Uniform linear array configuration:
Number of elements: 64
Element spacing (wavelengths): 0.75
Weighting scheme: blackman
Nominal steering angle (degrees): -60
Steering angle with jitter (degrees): -59.025
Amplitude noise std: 0.05
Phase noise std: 0.05

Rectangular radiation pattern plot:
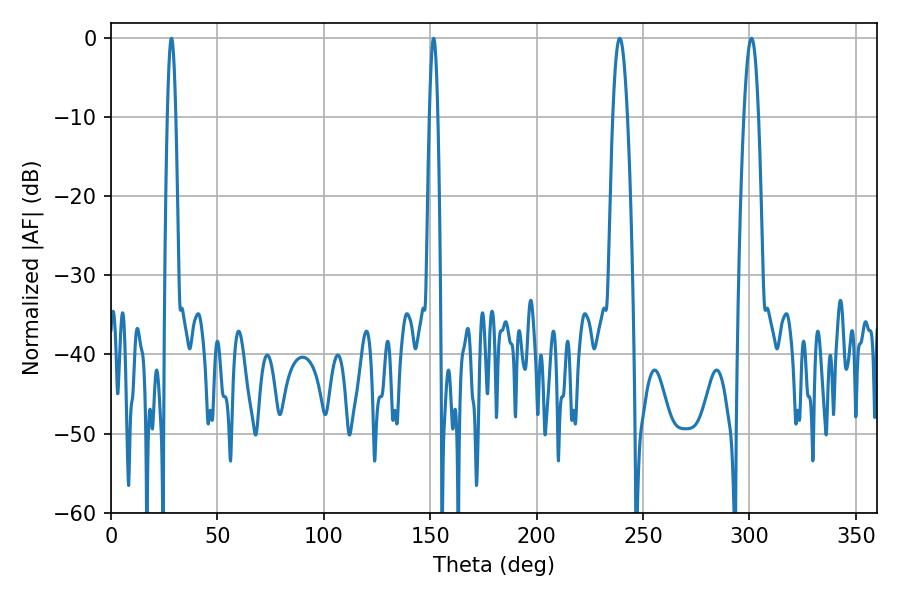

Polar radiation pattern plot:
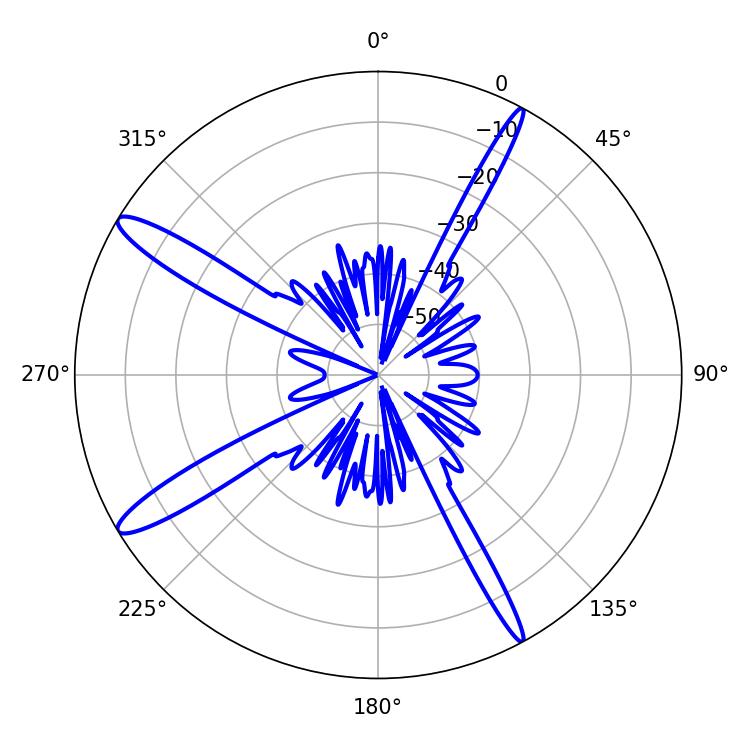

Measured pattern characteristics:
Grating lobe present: TRUE
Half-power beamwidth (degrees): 3.78
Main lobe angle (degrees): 239.04